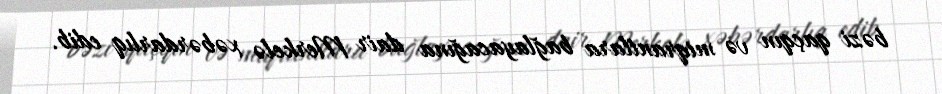
bəzi qaçqın və miqrantlara bağlayacağına dair Merkelə xəbərdarlıq edib.